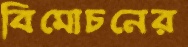
বিমোচনের